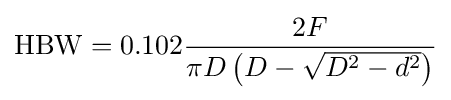
\operatorname {HBW} =0.102{\frac {2F}{\pi D\left(D-{\sqrt {D^{2}-d^{2}}}\right)}}